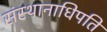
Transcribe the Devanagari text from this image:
संस्थानाधिपति